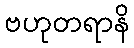
ဗဟုတရာနိ